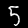
Digit: 5